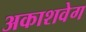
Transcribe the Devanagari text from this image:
अकाशवेग